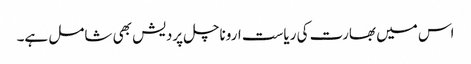
اس میں بھارت کی ریاست اروناچل پردیش بھی شامل ہے۔